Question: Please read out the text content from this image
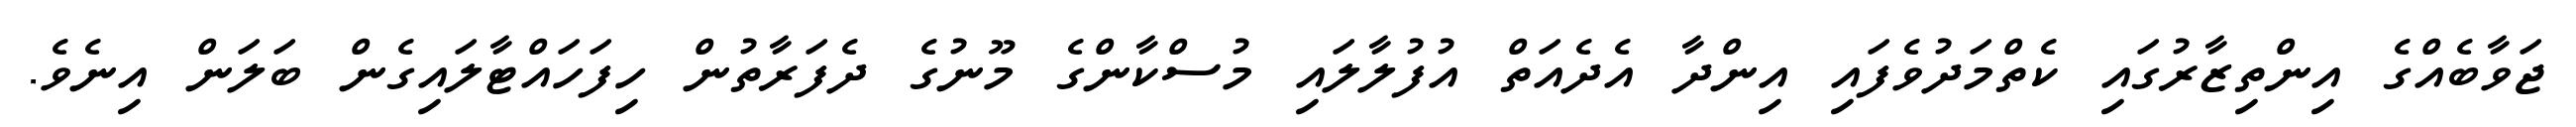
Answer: ޖަވާބެއްގެ އިންތިޒާރުގައި ކެތްމަދުވެފައި އިންދާ އެދެއަތް އުފުލާލައި މުސްކާންގެ މޫނުގެ ދެފަރާތުން ހިފަހައްޓާލައިގެން ބަލަން އިނެވެ.